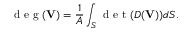
\textrm { d e g } ( \mathbf { V } ) = \frac { 1 } { A } \int _ { S } \textrm { d e t } ( D ( \mathbf { V } ) ) d S .